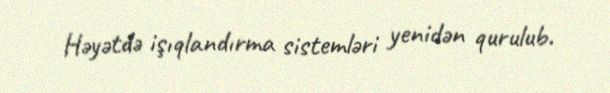
Həyətdə işıqlandırma sistemləri yenidən qurulub.